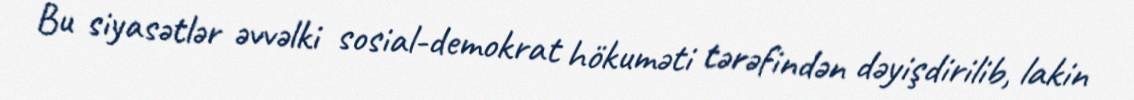
Bu siyasətlər əvvəlki sosial-demokrat hökuməti tərəfindən dəyişdirilib, lakin